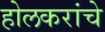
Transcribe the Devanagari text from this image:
होलकरांचे